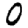
Digit: 0